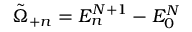
\tilde { \Omega } _ { + n } = E _ { n } ^ { N + 1 } - E _ { 0 } ^ { N }